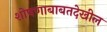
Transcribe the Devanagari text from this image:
शोषणाबाबतदेखील